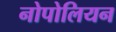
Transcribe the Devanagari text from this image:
नोपोलियन